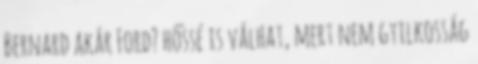
Bernard akár Ford? hőssé is válhat, mert nem gyilkosság